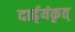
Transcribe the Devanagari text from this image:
दार्ढ्‌यंकृत्